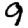
Digit: 9